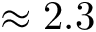
\approx 2 . 3